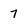
Character: 7